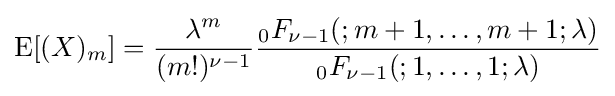
\operatorname {E} [(X)_{m}]={\frac {\lambda ^{m}}{(m!)^{\nu -1}}}{\frac {_{0}F_{\nu -1}(;m+1,\ldots ,m+1;\lambda )}{_{0}F_{\nu -1}(;1,\ldots ,1;\lambda )}}